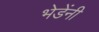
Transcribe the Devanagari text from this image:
भेडेंनी